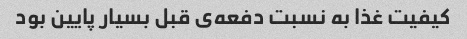
کیفیت غذا به نسبت دفعه‌ی قبل بسیار پایین بود